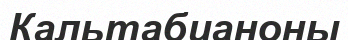
Кальтабианоны